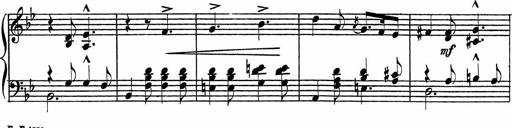
Title: Piano Sonatinas
Composer: Charles Fradel